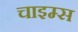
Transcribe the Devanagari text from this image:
चाइम्‍स